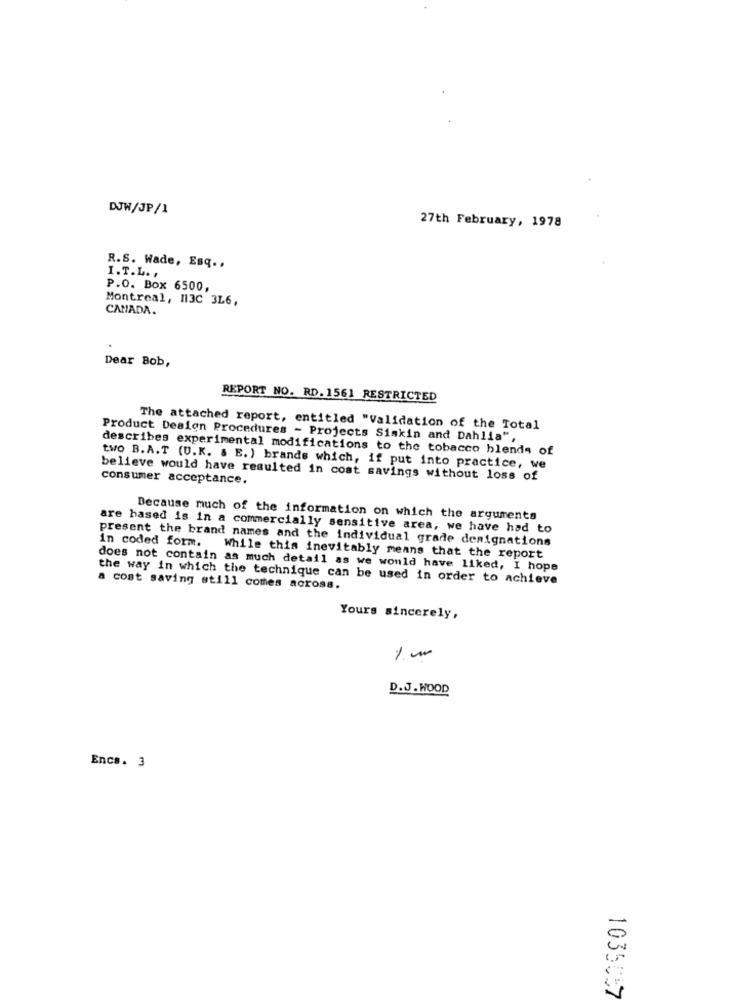
DJW/JP/1
27th February, 1978
R.S. Wade, Esq .,
I.T.L. .
P.O. Box 6500,
Montreal, 113C 3L6,
CANADA.
Dear Bob,
REPORT NO. RD. 1561 RESTRICTED
The attached report, entitled "Validation of the Total
Product Design Procedures - Projects Siskin and Dahlia",
describes experimental modifications to the tobacco blends of
two B.A.T (U.K. & E. ) brands which, if put into practice, we
consumer acceptance.
believe would have resulted in cost savings without loss of
Because much of the information on which the arguments
are based is in a commercially sensitive area, we have had to
present the brand names and the individual grade designations
in coded form. While this inevitably means that the report
does not contain as much detail as we would have liked, I hope
the way in which the technique can be used in order to achieve
a cost saving still comes across.
Yours sincerely,
1. ~
D.J. WOOD
Encs. 3
0
103505